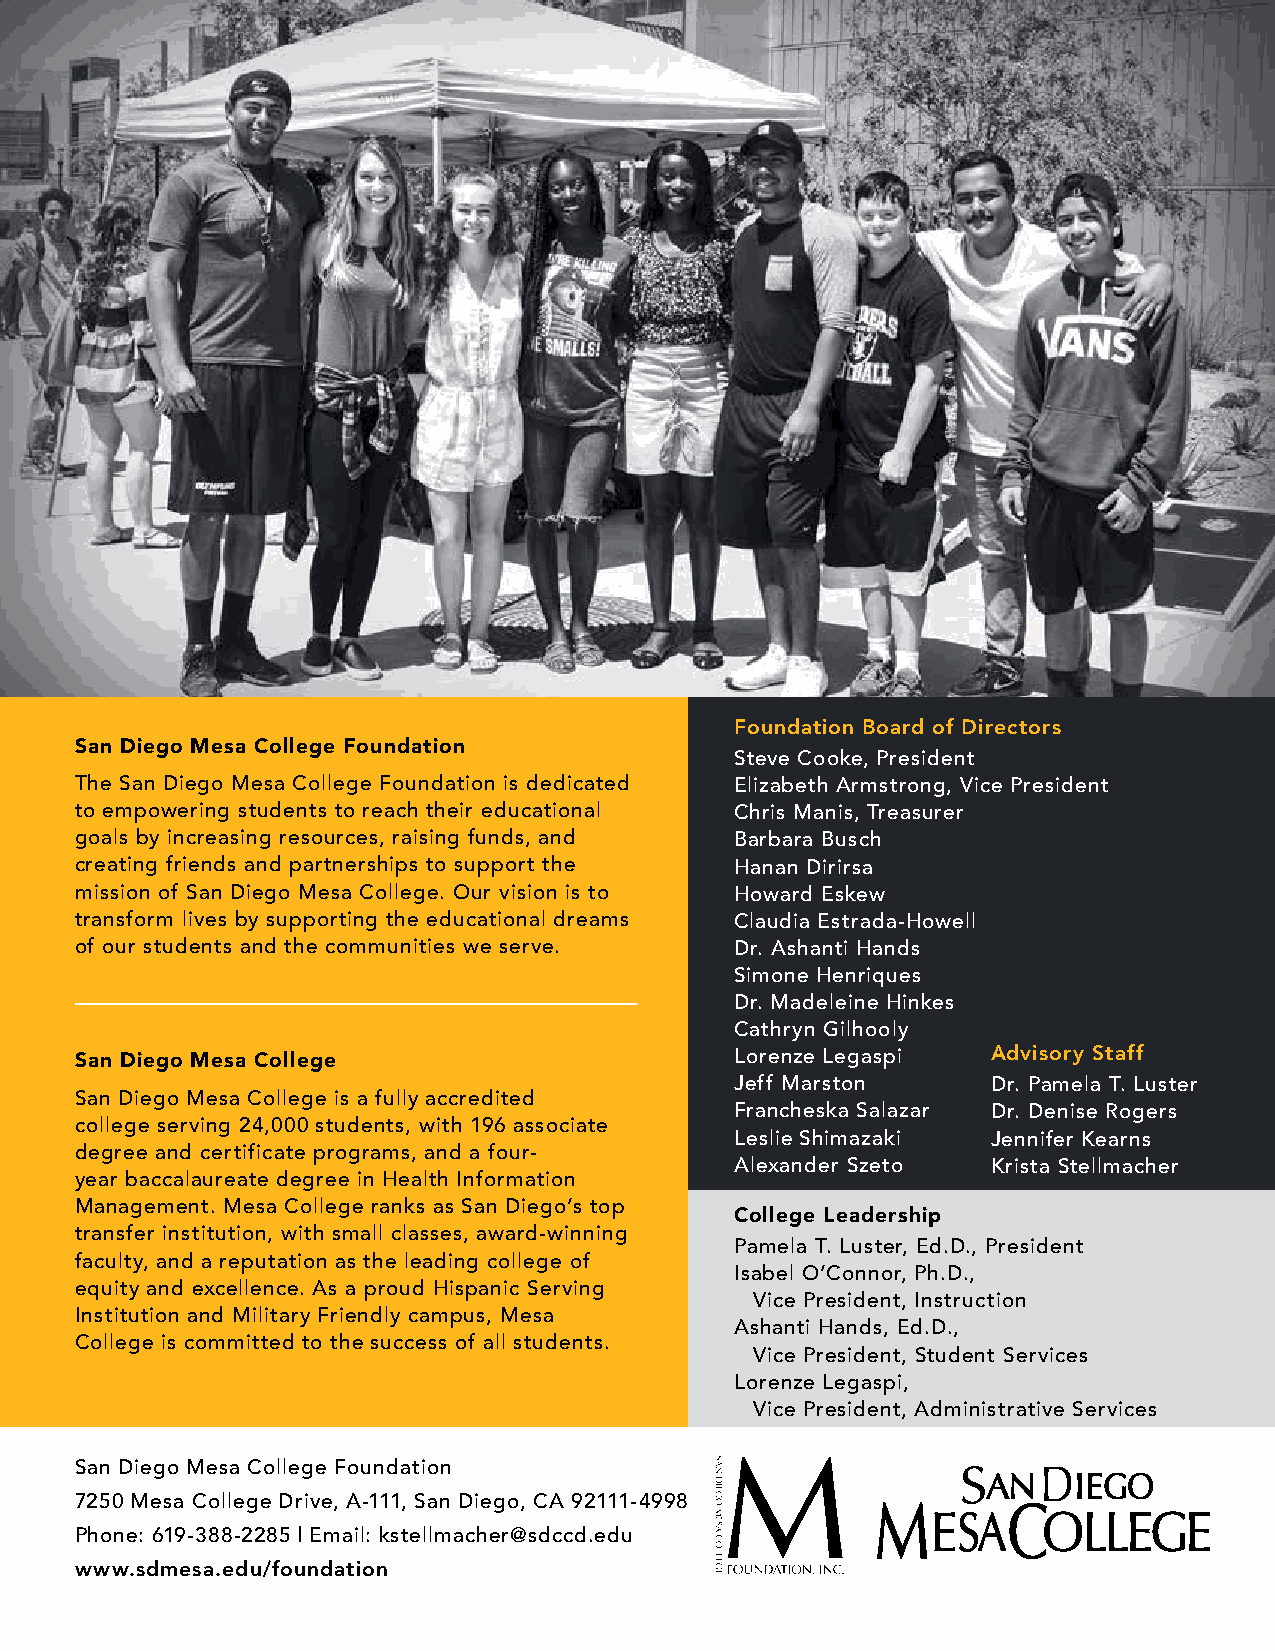
Foundation Board of Directors
 San Diego Mesa College Foundation
 Steve Cooke, President
 The San Diego Mesa College Foundation is dedicated Elizabeth Armstrong, Vice President
 to empowering students to reach their educational Chris Manis, Treasurer
 goals by increasing resources, raising funds, and Barbara Busch
 creating friends and partnerships to support the Hanan Dirirsa
 mission of San Diego Mesa College. Our vision is to Howard Eskew
 transform lives by supporting the educational dreams Claudia Estrada-Howell
 of our students and the communities we serve. Dr. Ashanti Hands
 Simone Henriques
 Dr. Madeleine Hinkes
 Cathryn Gilhooly
 San Diego Mesa College                      Lorenze Legaspi  Advisory Staff
 Jeff Marston     Dr. Pamela T. Luster
 San Diego Mesa College is a fully accredited
 Francheska Salazar Dr. Denise Rogers
 college serving 24,000 students, with 196 associate
 Leslie Shimazaki Jennifer Kearns
 degree and certificate programs, and a four-
 Alexander Szeto  Krista Stellmacher
 year baccalaureate degree in Health Information
 Management. Mesa College ranks as San Diego’s top
 College Leadership
 transfer institution, with small classes, award-winning
 Pamela T. Luster, Ed.D., President
 faculty, and a reputation as the leading college of
 Isabel O’Connor, Ph.D.,
 equity and excellence. As a proud Hispanic Serving
 Vice President, Instruction
 Institution and Military Friendly campus, Mesa
 Ashanti Hands, Ed.D.,
 College is committed to the success of all students.
 Vice President, Student Services
 Lorenze Legaspi,
 Vice President, Administrative Services
 San Diego Mesa College Foundation
 7250 Mesa College Drive, A-111, San Diego, CA 92111-4998
 Phone: 619-388-2285 | Email: kstellmacher@sdccd.edu
 www.sdmesa.edu/foundation